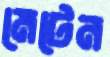
মেটেন